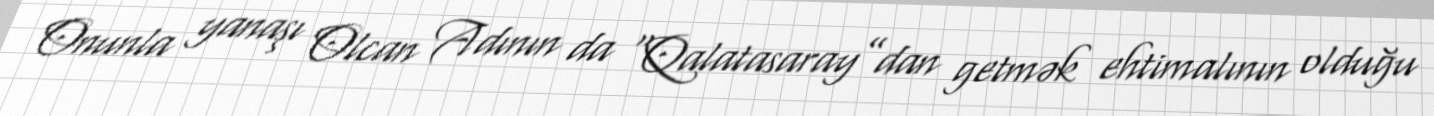
Onunla yanaşı Olcan Adının da “Qalatasaray”dan getmək ehtimalının olduğu